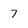
Character: 7